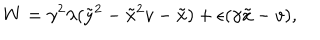
W = \gamma ^ { 2 } \lambda ( \tilde { y } ^ { 2 } - \tilde { x } ^ { 2 } v - \tilde { x } ) + \epsilon ( \gamma \tilde { x } - v ) ,